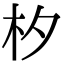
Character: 𣏐